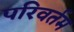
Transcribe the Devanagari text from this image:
परिवर्तम